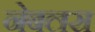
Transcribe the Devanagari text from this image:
नेबलस